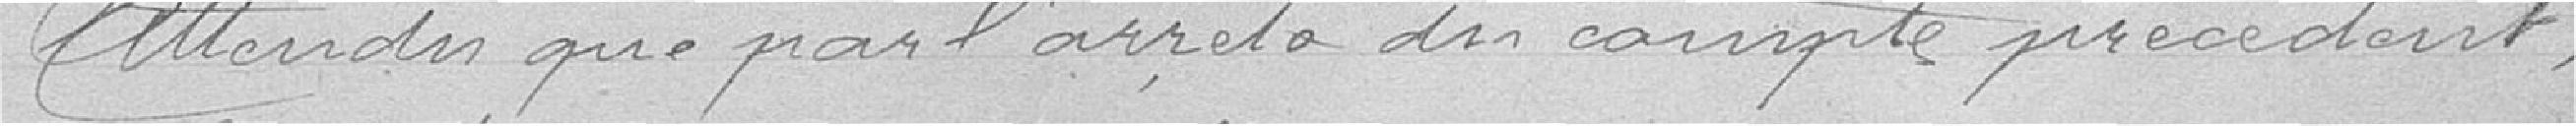
Attendu que par l'arrêté du compte précédent,